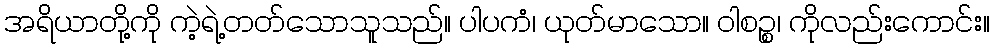
အရိယာတို့ကို ကဲ့ရဲ့တတ်သောသူသည်။ ပါပကံ၊ ယုတ်မာသော။ ဝါစဉ္စ၊ ကိုလည်းကောင်း။